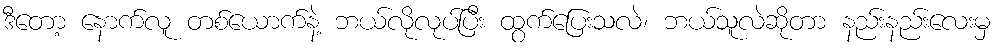
ဒီတော့ နောက်လူ တစ်ယောက်နဲ့ ဘယ်လိုလုပ်ပြီး ထွက်ပြေးသလဲ၊ ဘယ်သူလဲဆိုတာ နည်းနည်းလေးမှ